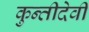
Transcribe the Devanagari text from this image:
कुन्तीदेवी